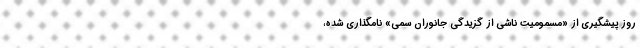
روز پیشگیری از «مسمومیت ناشی از گزیدگی جانوران سمی» نامگذاری شده،